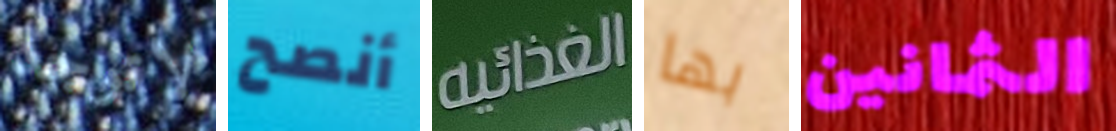
لاتوجد أنصح الغذائية بها الثمانين